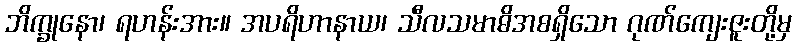
ဘိက္ခုနော၊ ရဟန်းအား။ အပရိဟာနာယ၊ သီလသမာဓိအစရှိသော ဂုဏ်ကျေးဇူးတို့မှ